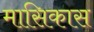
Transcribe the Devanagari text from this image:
मासिकास